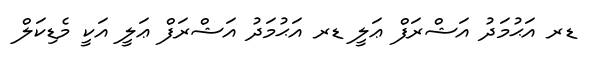
ޑރ އަޙުމަދު އަޝްރަފް ޢަލީ ޑރ އަޙުމަދު އަޝްރަފް ޢަލީ އަކީ މެޑިކަލް